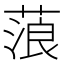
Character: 蒗